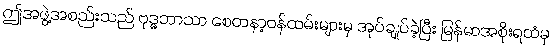
ဤအဖွဲ့အစည်းသည် ဗုဒ္ဓဘာသာ စေတနာ့ဝန်ထမ်းများမှ အုပ်ချုပ်ခဲ့ပြီး မြန်မာအစိုးရထံမှ